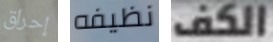
إحراق نظيفه الكف